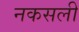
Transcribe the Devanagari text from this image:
नकसली